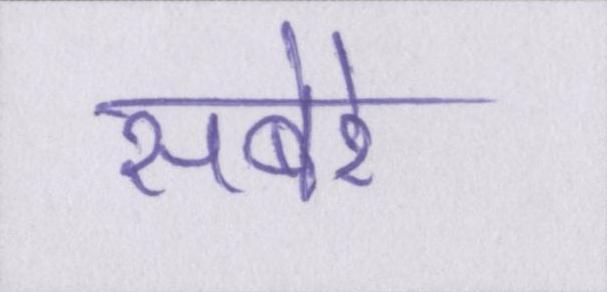
सबेरे